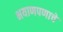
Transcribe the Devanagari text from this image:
भयाणपणाचे